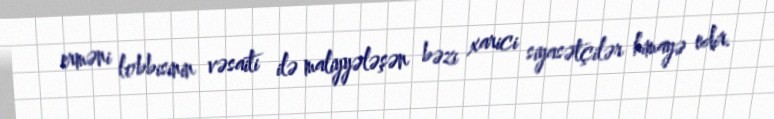
erməni lobbisinin vəsaiti ilə maliyyələşən bəzi xarici siyasətçilər himayə edir.